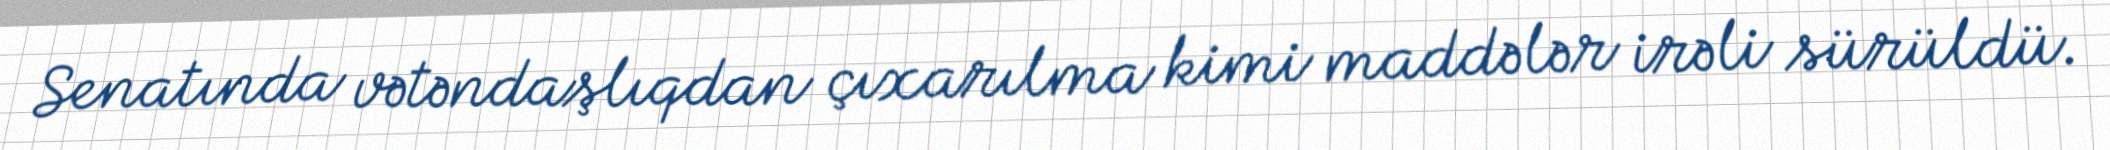
Senatında vətəndaşlıqdan çıxarılma kimi maddələr irəli sürüldü.